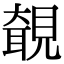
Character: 𧡵